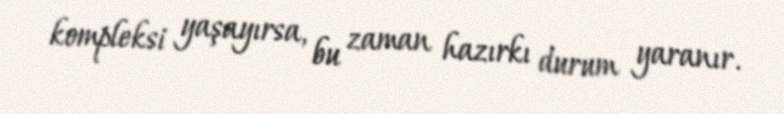
kompleksi yaşayırsa, bu zaman hazırkı durum yaranır.